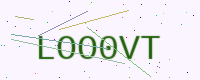
Text: LOO0VT